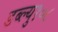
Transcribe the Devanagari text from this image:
डब्ल्यु१०८